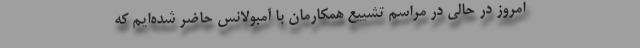
امروز در حالی در مراسم تشییع همکارمان با آمبولانس حاضر شده‌ایم که